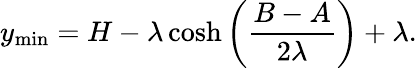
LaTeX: y_{\mathrm{min}}=H-\lambda\cosh\left(\frac{B-A}{2\lambda}\right)+\lambda.